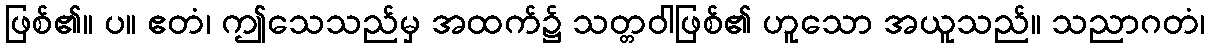
ဖြစ်၏။ ပ။ ဧတံ၊ ဤသေသည်မှ အထက်၌ သတ္တဝါဖြစ်၏ ဟူသော အယူသည်။ သညာဂတံ၊